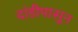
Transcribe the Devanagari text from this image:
दांडीपासून